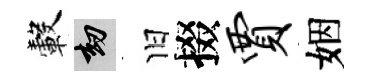
轂劫旧掇贾姻